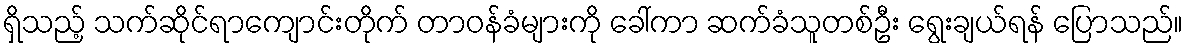
ရှိသည့် သက်ဆိုင်ရာကျောင်းတိုက် တာဝန်ခံများကို ခေါ်ကာ ဆက်ခံသူတစ်ဦး ရွေးချယ်ရန် ပြောသည်။